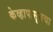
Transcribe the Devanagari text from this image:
केव्हापासूनचा